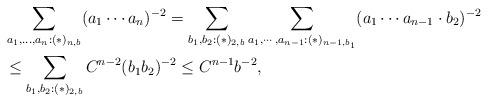
LaTeX: \begin{align*}&\sum_{a_1,...,a_n:(*)_{n,b}}(a_1\cdots a_n)^{-2} = \sum_{b_1,b_2:(*)_{2,b}} \sum_{a_1,\cdots ,a_{n-1}:(*)_{n-1,b_{1}}} (a_1 \cdots a_{n-1}\cdot b_2)^{-2}\\&\leq \sum_{b_1,b_2:(*)_{2,b}} C^{n-2}(b_1b_2)^{-2}\leq C^{n-1} b^{-2},\end{align*}